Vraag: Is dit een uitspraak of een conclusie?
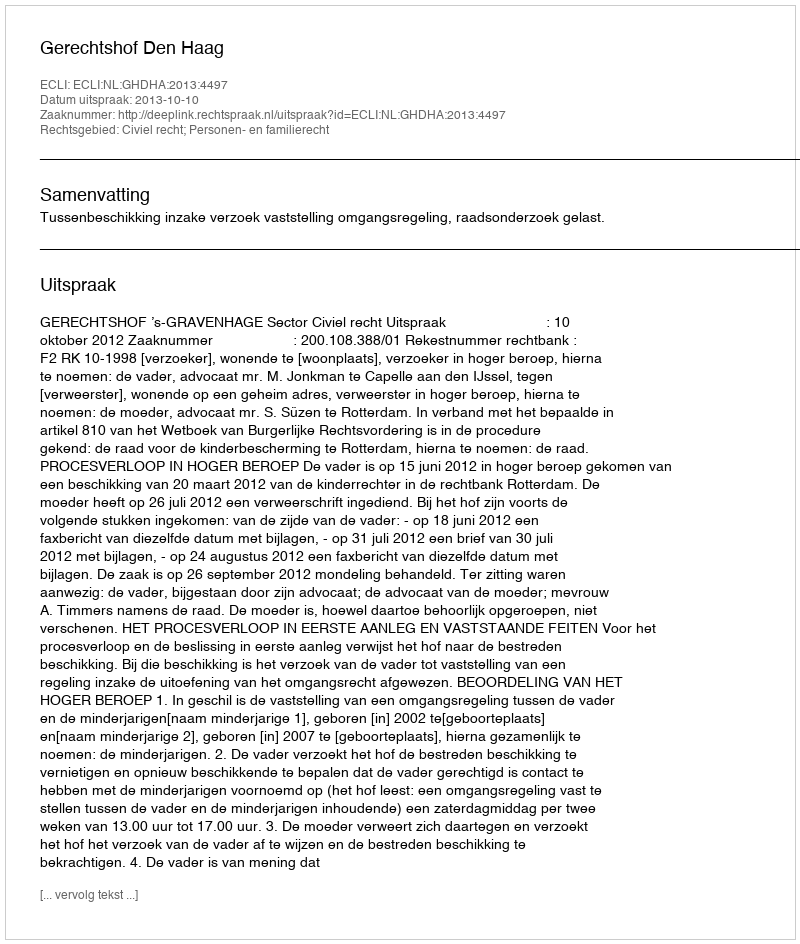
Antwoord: Uitspraak